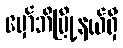
မှော်ဘီမြို့နယ်ရှိ